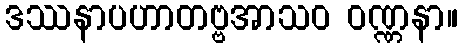
ဒဿနာပဟာတဗ္ဗအာသဝ ဝဏ္ဏနာ။